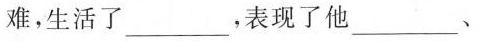
难，生活了____，表现了他___、